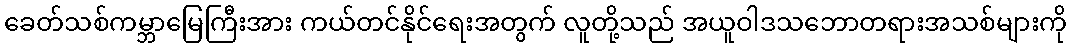
ခေတ်သစ်ကမ္ဘာမြေကြီးအား ကယ်တင်နိုင်ရေးအတွက် လူတို့သည် အယူဝါဒသဘောတရားအသစ်များကို